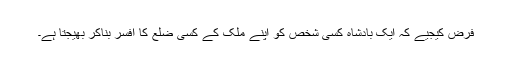
فرض کیجیے کہ ایک بادشاہ کسی شخص کو اپنے ملک کے کسی ضلع کا افسر بناکر بھیجتا ہے۔